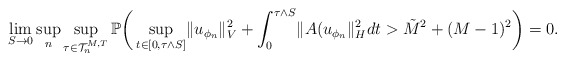
\begin{align*}\lim_{S \rightarrow 0} \sup_n \sup_{\tau \in \mathcal{T}_n^{M,T}} \mathbb{P} \bigg( \sup_{t \in [0,\tau \wedge S]} \lVert u_{\phi_n} \rVert_V^2 + \int_0^{\tau \wedge S} \lVert A(u_{\phi_n} \rVert_H^2 dt > \tilde{M}^2 + (M-1)^2 \bigg) = 0.\end{align*}